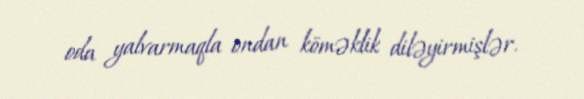
oda yalvarmaqla ondan köməklik diləyirmişlər.